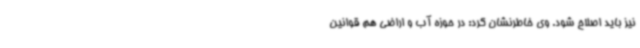
نیز باید اصلاح شود. وی خاطرنشان کرد: در حوزه آب و اراضی هم قوانین